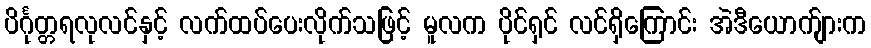
ပိင်္ဂုတ္တရလုလင်နှင့် လက်ထပ်ပေးလိုက်သဖြင့် မူလက ပိုင်ရှင် လင်ရှိကြောင်း အဲဒီယောက်ျားက